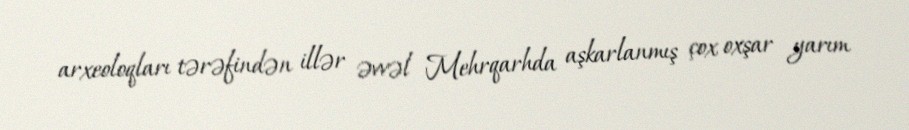
arxeoloqları tərəfindən illər əvvəl Mehrqarhda aşkarlanmış çox oxşar yarım